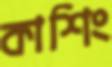
কাশিং